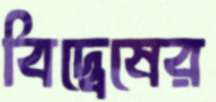
বিদ্বেষের